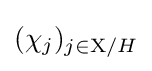
(\chi _{j})_{j\in \mathrm {X} /H}